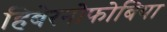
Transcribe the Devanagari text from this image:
हिबेरनोफोबिया